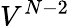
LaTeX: V^{N-2}